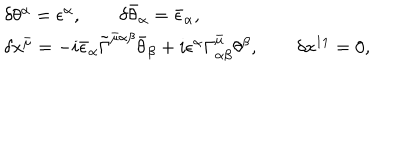
\begin{array} { l } { { \delta \theta ^ { \alpha } = \epsilon ^ { \alpha } , \qquad \delta \bar { \theta } _ { \alpha } = \bar { \epsilon } _ { \alpha } , } } \\ { { \delta x ^ { \bar { \mu } } = - i \bar { \epsilon } _ { \alpha } \tilde { \Gamma } ^ { { \bar { \mu } } \alpha \beta } \bar { \theta } _ { \beta } + i \epsilon ^ { \alpha } \Gamma _ { \alpha \beta } ^ { \bar { \mu } } \theta ^ { \beta } , \qquad \delta x ^ { 1 1 } = 0 , } } \\ \end{array}